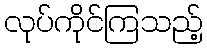
လုပ်ကိုင်ကြသည့်